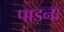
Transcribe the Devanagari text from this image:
पाड़ना